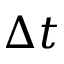
\Delta t